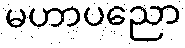
မဟာပညော